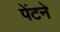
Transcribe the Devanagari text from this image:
पेंटने